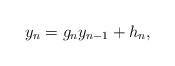
LaTeX: \begin{align*}y_n = g_n y_{n-1} + h_n,\end{align*}